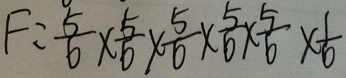
F = \frac { 5 } { 6 } \times \frac { 5 } { 6 } \times \frac { 5 } { 6 } \times \frac { 5 } { 6 } \times \frac { 5 } { 6 } \times \frac { 1 } { 6 }